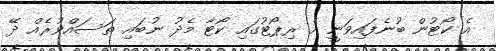
އެ ކޯޓުން ބުނެފައިވަނީ އެ ރިޕޯޓުގައި ކޯޓާ މެދު ނުބައި ތަސައްވުރެއް ދޭ